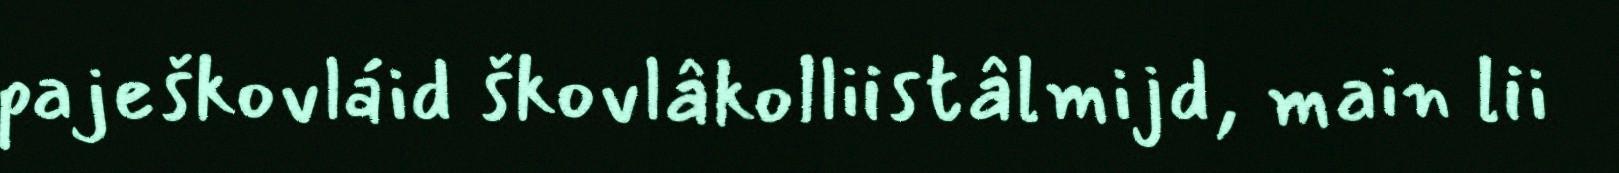
paješkovláid škovlâkolliistâlmijd, main lii